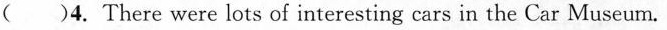
( )4. There were lots of interesting cars in the Car Museum.